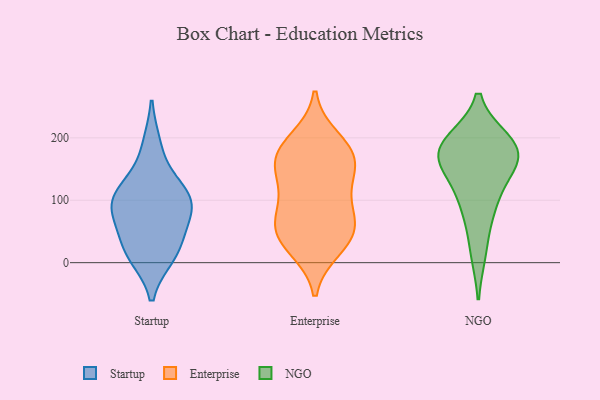
{"axis": {"x": "Bounce Rate (%)", "y": "Value"}, "legend": ["Enterprise", "NGO", "Startup"], "data": [{"x": "", "y": 74, "type": "Startup"}, {"x": "", "y": 124, "type": "Startup"}, {"x": "", "y": 18, "type": "Startup"}, {"x": "", "y": 187, "type": "Startup"}, {"x": "", "y": 105, "type": "Startup"}, {"x": "", "y": 99, "type": "Startup"}, {"x": "", "y": 71, "type": "Startup"}, {"x": "", "y": 25, "type": "Startup"}, {"x": "", "y": 12, "type": "Startup"}, {"x": "", "y": 103, "type": "Startup"}, {"x": "", "y": 197, "type": "Enterprise"}, {"x": "", "y": 56, "type": "Enterprise"}, {"x": "", "y": 72, "type": "Enterprise"}, {"x": "", "y": 37, "type": "Enterprise"}, {"x": "", "y": 43, "type": "Enterprise"}, {"x": "", "y": 24, "type": "Enterprise"}, {"x": "", "y": 119, "type": "Enterprise"}, {"x": "", "y": 124, "type": "Enterprise"}, {"x": "", "y": 166, "type": "Enterprise"}, {"x": "", "y": 175, "type": "Enterprise"}, {"x": "", "y": 75, "type": "Enterprise"}, {"x": "", "y": 171, "type": "Enterprise"}, {"x": "", "y": 162, "type": "Enterprise"}, {"x": "", "y": 159, "type": "NGO"}, {"x": "", "y": 18, "type": "NGO"}, {"x": "", "y": 187, "type": "NGO"}, {"x": "", "y": 86, "type": "NGO"}, {"x": "", "y": 97, "type": "NGO"}, {"x": "", "y": 144, "type": "NGO"}, {"x": "", "y": 188, "type": "NGO"}, {"x": "", "y": 194, "type": "NGO"}, {"x": "", "y": 180, "type": "NGO"}, {"x": "", "y": 166, "type": "NGO"}]}